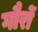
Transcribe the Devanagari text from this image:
गौरों